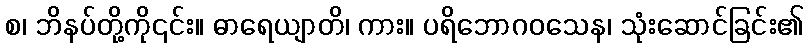
စ၊ ဘိနပ်တို့ကို၎င်း။ ဓာရေယျာတိ၊ ကား။ ပရိဘောဂဝသေန၊ သုံးဆောင်ခြင်း၏